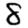
Digit: 8